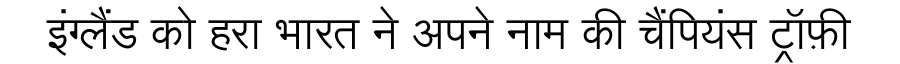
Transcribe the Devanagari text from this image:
इंग्लैंड को हरा भारत ने अपने नाम की चैंपियंस ट्रॉफ़ी